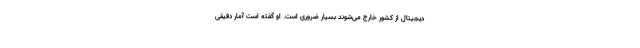
دیجیتال از کشور خارج می‌شوند بسیار ضروری است. او گفته است آمار دقیقی